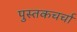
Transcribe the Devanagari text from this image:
पुस्तकचर्चा